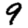
Digit: 9